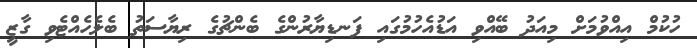
ހުކުމް އިއްވުމަށް މިއަދު ބޭއްވި އަޑުއެހުމުގައި ފަނޑިޔާރުންގެ ބެންޗުގެ ރިޔާސަތު ބެލެހެއްޓެވި ގާޒީ